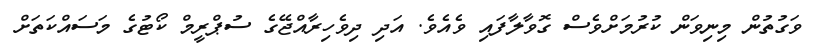
ވަގުތުން މިނިވަން ކުރުމަށްވެސް ގޮވާލާފައި ވެއެވެ. އަދި ދިވެހިރާއްޖޭގެ ސުޕްރީމް ކޯޓުގެ މަސައްކަތަށް